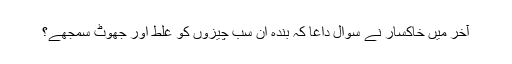
آخر میں خاکسار نے سوال داغا کہ بندہ ان سب چیزوں کو غلط اور جھوٹ سمجھے؟